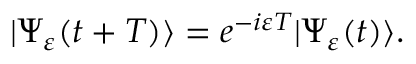
| \Psi _ { \varepsilon } ( t + T ) \rangle = e ^ { - i \varepsilon T } | \Psi _ { \varepsilon } ( t ) \rangle .